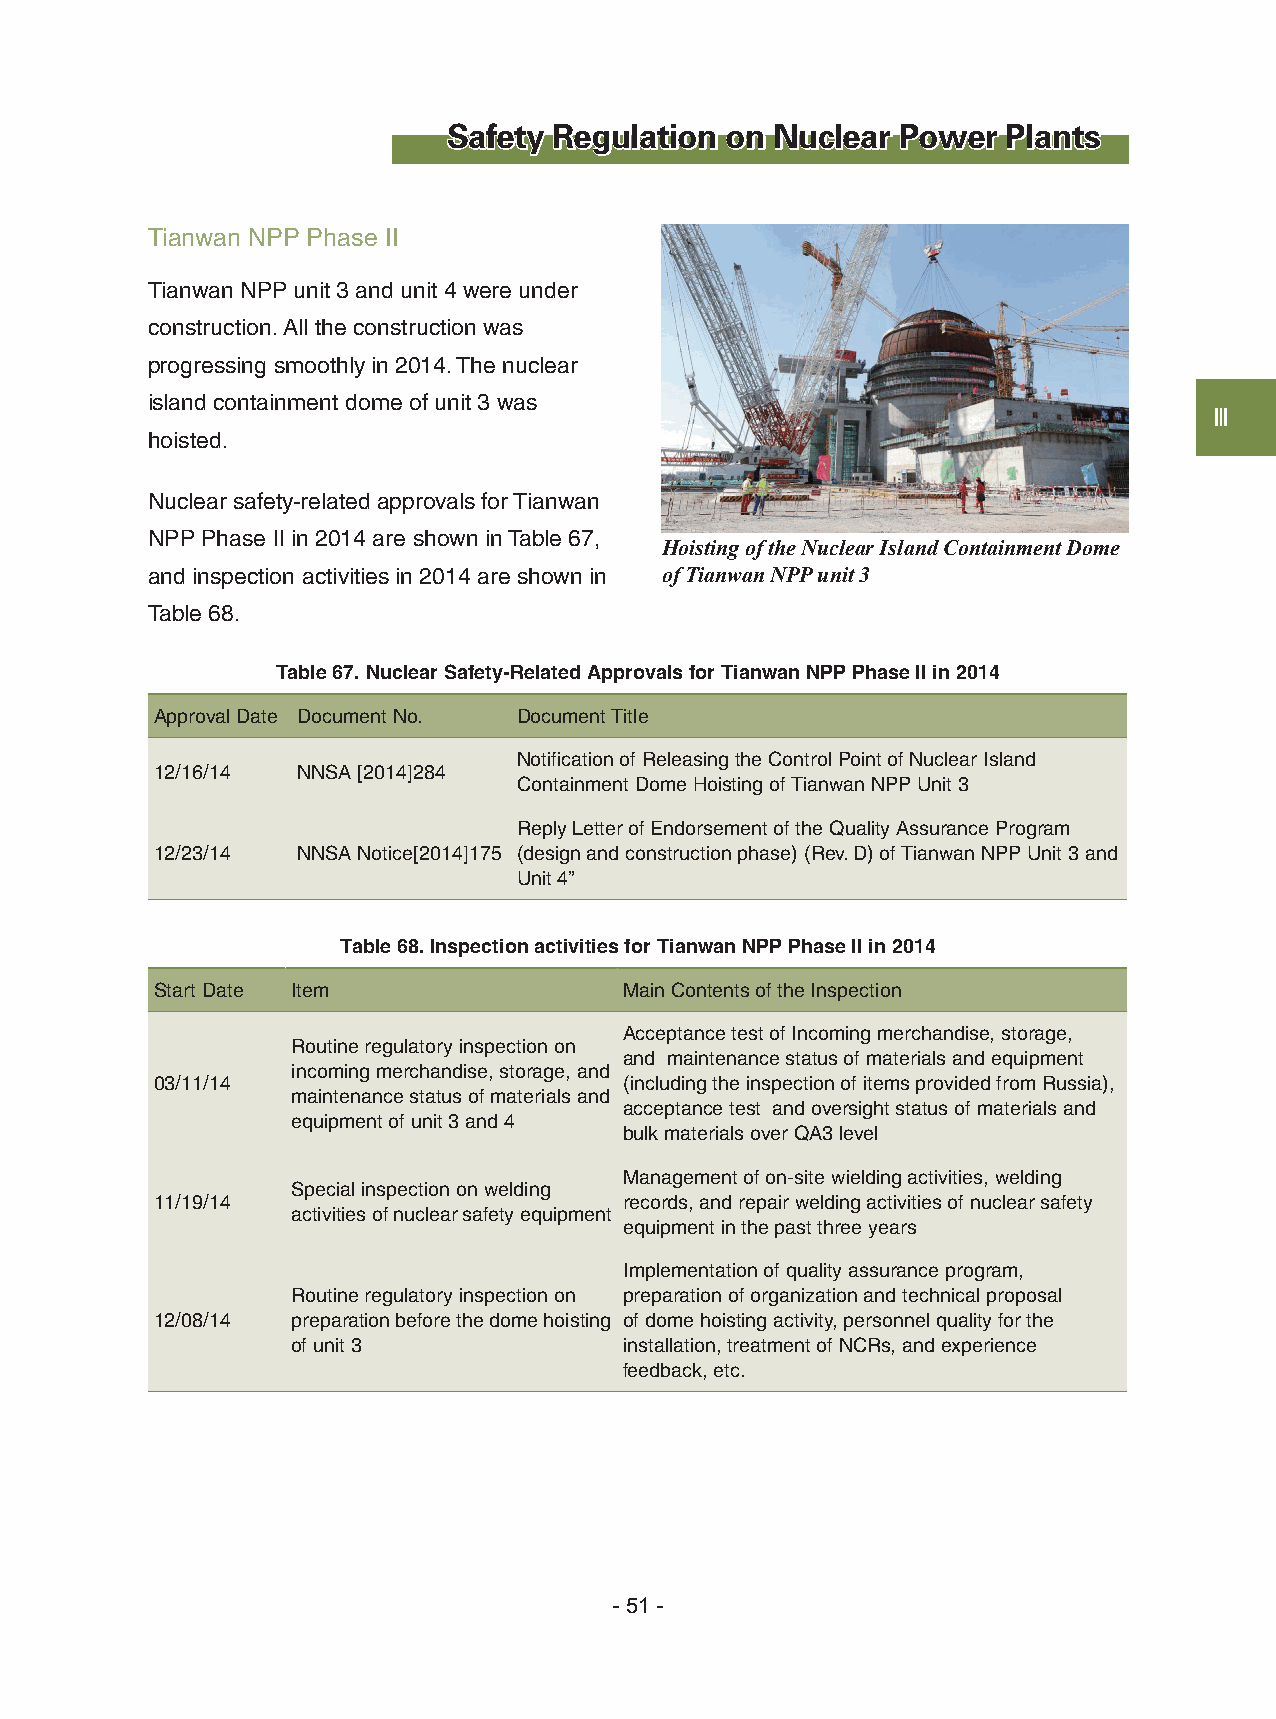
Safety Regulation on Nuclear  Power  Plants
 Tianwan NPP Phase II
 Tianwan NPP unit 3 and unit 4 were under
 construction. All the construction was
 progressing smoothly in 2014. The nuclear
 island containment dome of unit 3 was
 Ⅲ
 hoisted.
 Nuclear safety-related approvals for Tianwan
 NPP Phase II in 2014 are shown in Table 67,
 Hoisting of the Nuclear Island Containment Dome
 and inspection activities in 2014 are shown in of Tianwan NPP unit 3
 Table 68.
 Table 67. Nuclear Safety-Related Approvals for Tianwan NPP Phase II in 2014
 Approval Date Document No. Document Title
 Notification of Releasing the Control Point of Nuclear Island
 12/16/14  NNSA [2014]284
 Containment Dome Hoisting of Tianwan NPP Unit 3
 Reply Letter of Endorsement of the Quality Assurance Program
 12/23/14  NNSA Notice[2014]175 (design and construction phase) (Rev. D) of Tianwan NPP Unit 3 and
 Unit 4”
 Table 68. Inspection activities for Tianwan NPP Phase II in 2014
 Start Date Item                Main Contents of the Inspection
 Acceptance test of Incoming merchandise, storage,
 Routine regulatory inspection on
 and maintenance status of materials and equipment
 incoming merchandise, storage, and
 03/11/14                       (including the inspection of items provided from Russia),
 maintenance status of materials and
 acceptance test and oversight status of materials and
 equipment of unit 3 and 4
 bulk materials over QA3 level
 Management of on-site wielding activities, welding
 Special inspection on welding
 11/19/14                       records, and repair welding activities of nuclear safety
 activities of nuclear safety equipment
 equipment in the past three years
 Implementation of quality assurance program,
 Routine regulatory inspection on preparation of organization and technical proposal
 12/08/14 preparation before the dome hoisting of dome hoisting activity, personnel quality for the
 of unit 3             installation, treatment of NCRs, and experience
 feedback, etc.
 - 51 -